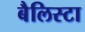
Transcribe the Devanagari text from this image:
बैलिस्टा